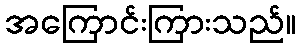
အကြောင်းကြားသည်။